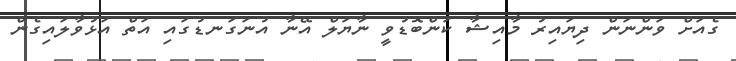
ގެއަށް ވަންނަން ދިޔައިރު މާއިޝާ ކަންބޮޑުވީ ނާޔަލް އޭނާ އުނަގަނޑުގައި އަތް އަޅުވާލައިގެން